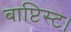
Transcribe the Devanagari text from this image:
बाप्टिस्ट।